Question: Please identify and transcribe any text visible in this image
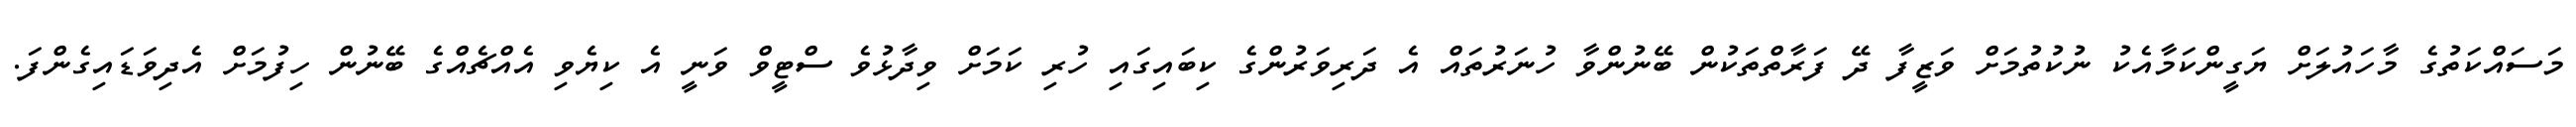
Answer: މަސައްކަތުގެ މާހައުލަށް ޔަގީންކަމާއެކު ނުކުތުމަށް ވަޒީފާ ދޭ ފަރާތްތަކުން ބޭނުންވާ ހުނަރުތައް އެ ދަރިވަރުންގެ ކިބައިގައި ހުރި ކަމަށް ވިދާޅުވެ ސްޓީވް ވަނީ އެ ކިޔެވި އެއްޗެއްގެ ބޭނުން ހިފުމަށް އެދިވަޑައިގެންފަ.